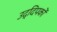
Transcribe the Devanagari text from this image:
उद्दिपकों